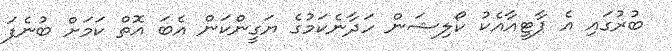
ބުރުގައި އެ ޕާޓީއާއެކު ކޯލިޝަން ހަދާނެކަމުގެ ޔަގީންކަން އެބަ އޮތް ކަމަށް ބުނެފަ